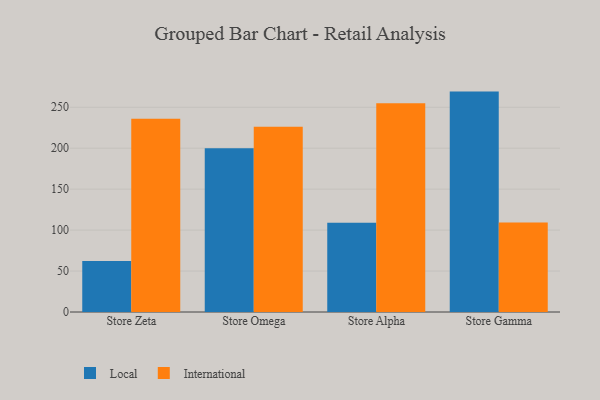
{"axis": {"x": "Store", "y": "Website Visitors"}, "legend": ["International", "Local"], "data": [{"x": "Store Zeta", "y": 62.4, "type": "Local"}, {"x": "Store Zeta", "y": 235.8, "type": "International"}, {"x": "Store Omega", "y": 199.8, "type": "Local"}, {"x": "Store Omega", "y": 226.2, "type": "International"}, {"x": "Store Alpha", "y": 109.0, "type": "Local"}, {"x": "Store Alpha", "y": 254.8, "type": "International"}, {"x": "Store Gamma", "y": 269.1, "type": "Local"}, {"x": "Store Gamma", "y": 109.2, "type": "International"}]}